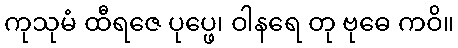
ကုသုမံ ထီရဇေ ပုပ္ဖေ၊ ဝါနရေ တု ဗုဓေ ကဝိ။